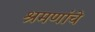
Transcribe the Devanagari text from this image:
श्रमणांचे